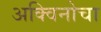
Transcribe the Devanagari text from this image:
अक्विनोचा